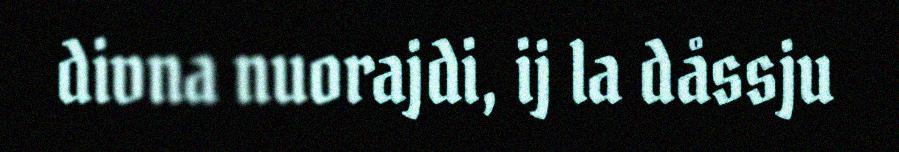
divna nuorajdi, ij la dåssju